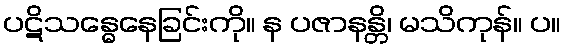
ပဋိသန္ဓေနေခြင်းကို။ န ပဇာနန္တိ၊ မသိကုန်။ ပ။